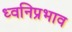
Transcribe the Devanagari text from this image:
ध्वनिप्रभाव